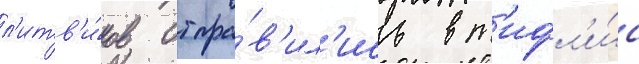
л'итв'и́нов отпра́в'ил'ись в т'ифл'и́с